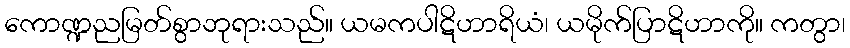
ကောဏ္ဍညမြတ်စွာဘုရားသည်။ ယမကပါဋိဟာရိယံ၊ ယမိုက်ပြာဋိဟာကို။ ကတွာ၊